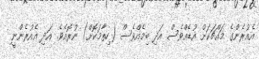
އެއުރެންގެ މައްޗަކަށް އުޑެއްވެސް އަދި ބިމެއްވެސް (ހިތާމަކޮށް) ނުރޮއެވެ. އަދި އެއުރެންނީ